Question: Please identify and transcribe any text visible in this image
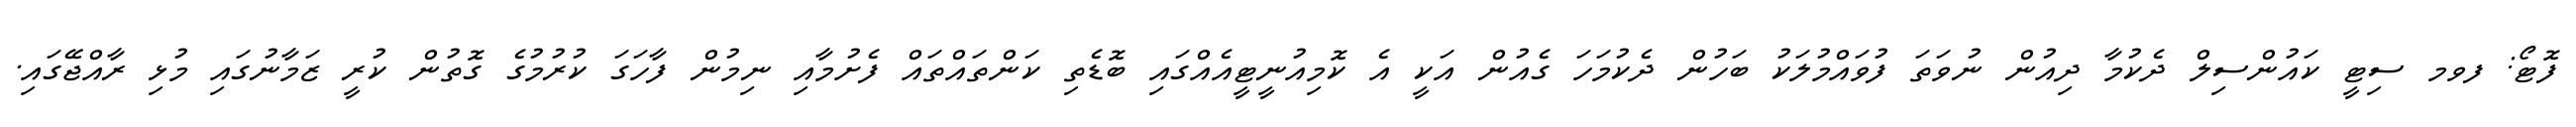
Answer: ފޮޓޯ: ފވމ ސިޓީ ކައުންސިލް ދެކުމާ ދިއުން ނުވަތަ ފުވައްމުލަކު ބަހުން ދެކުމަހަ ގެއުން އަކީ އެ ކޮމިއުނީޓީއެއްގައި ބޮޑެތި ކަންތައްތައް ފެށުމާއި ނިމުން ފާހަގަ ކުރުމުގެ ގޮތުން ކުރީ ޒަމާނުގައި މުޅި ރާއްޖޭގައި.